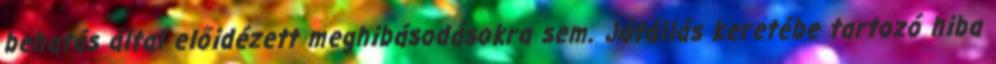
behatás által előidézett meghibásodásokra sem. Jótállás keretébe tartozó hiba